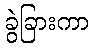
ခွဲခြားကာ